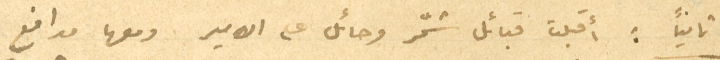
ثانيًا: أَقبلت قبائل شمّر وحائل على الامير ومعها مدافع